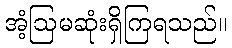
အံ့ဩမဆုံးရှိကြရသည်။